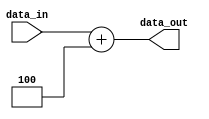
`timescale 1ns / 1ps
//////////////////////////////////////////////////////////////////////////////////
// Company: 
// Engineer: 
// 
// Design Name: 
// Module Name: NPC
// Project Name: 
// Target Devices: 
// Tool Versions: 
// Description: 
// 
// Dependencies: 
// 
// Revision:
// Revision 0.01 - File Created
// Additional Comments:
// 
//////////////////////////////////////////////////////////////////////////////////


module NPC(
    input   [31:0]  data_in,
    output  [31:0]  data_out
    );
    assign data_out=data_in+32'h4;
endmodule